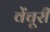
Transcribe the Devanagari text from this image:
वेंचूरी